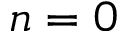
n = 0